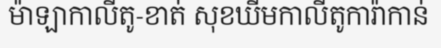
ម៉ាឡាកាលីតូ-ខាត់ សុខឃីមកាលីតូការ៉ាកាន់